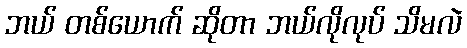
ဘယ် တစ်ယောက် ဆိုတာ ဘယ်လိုလုပ် သိမလဲ